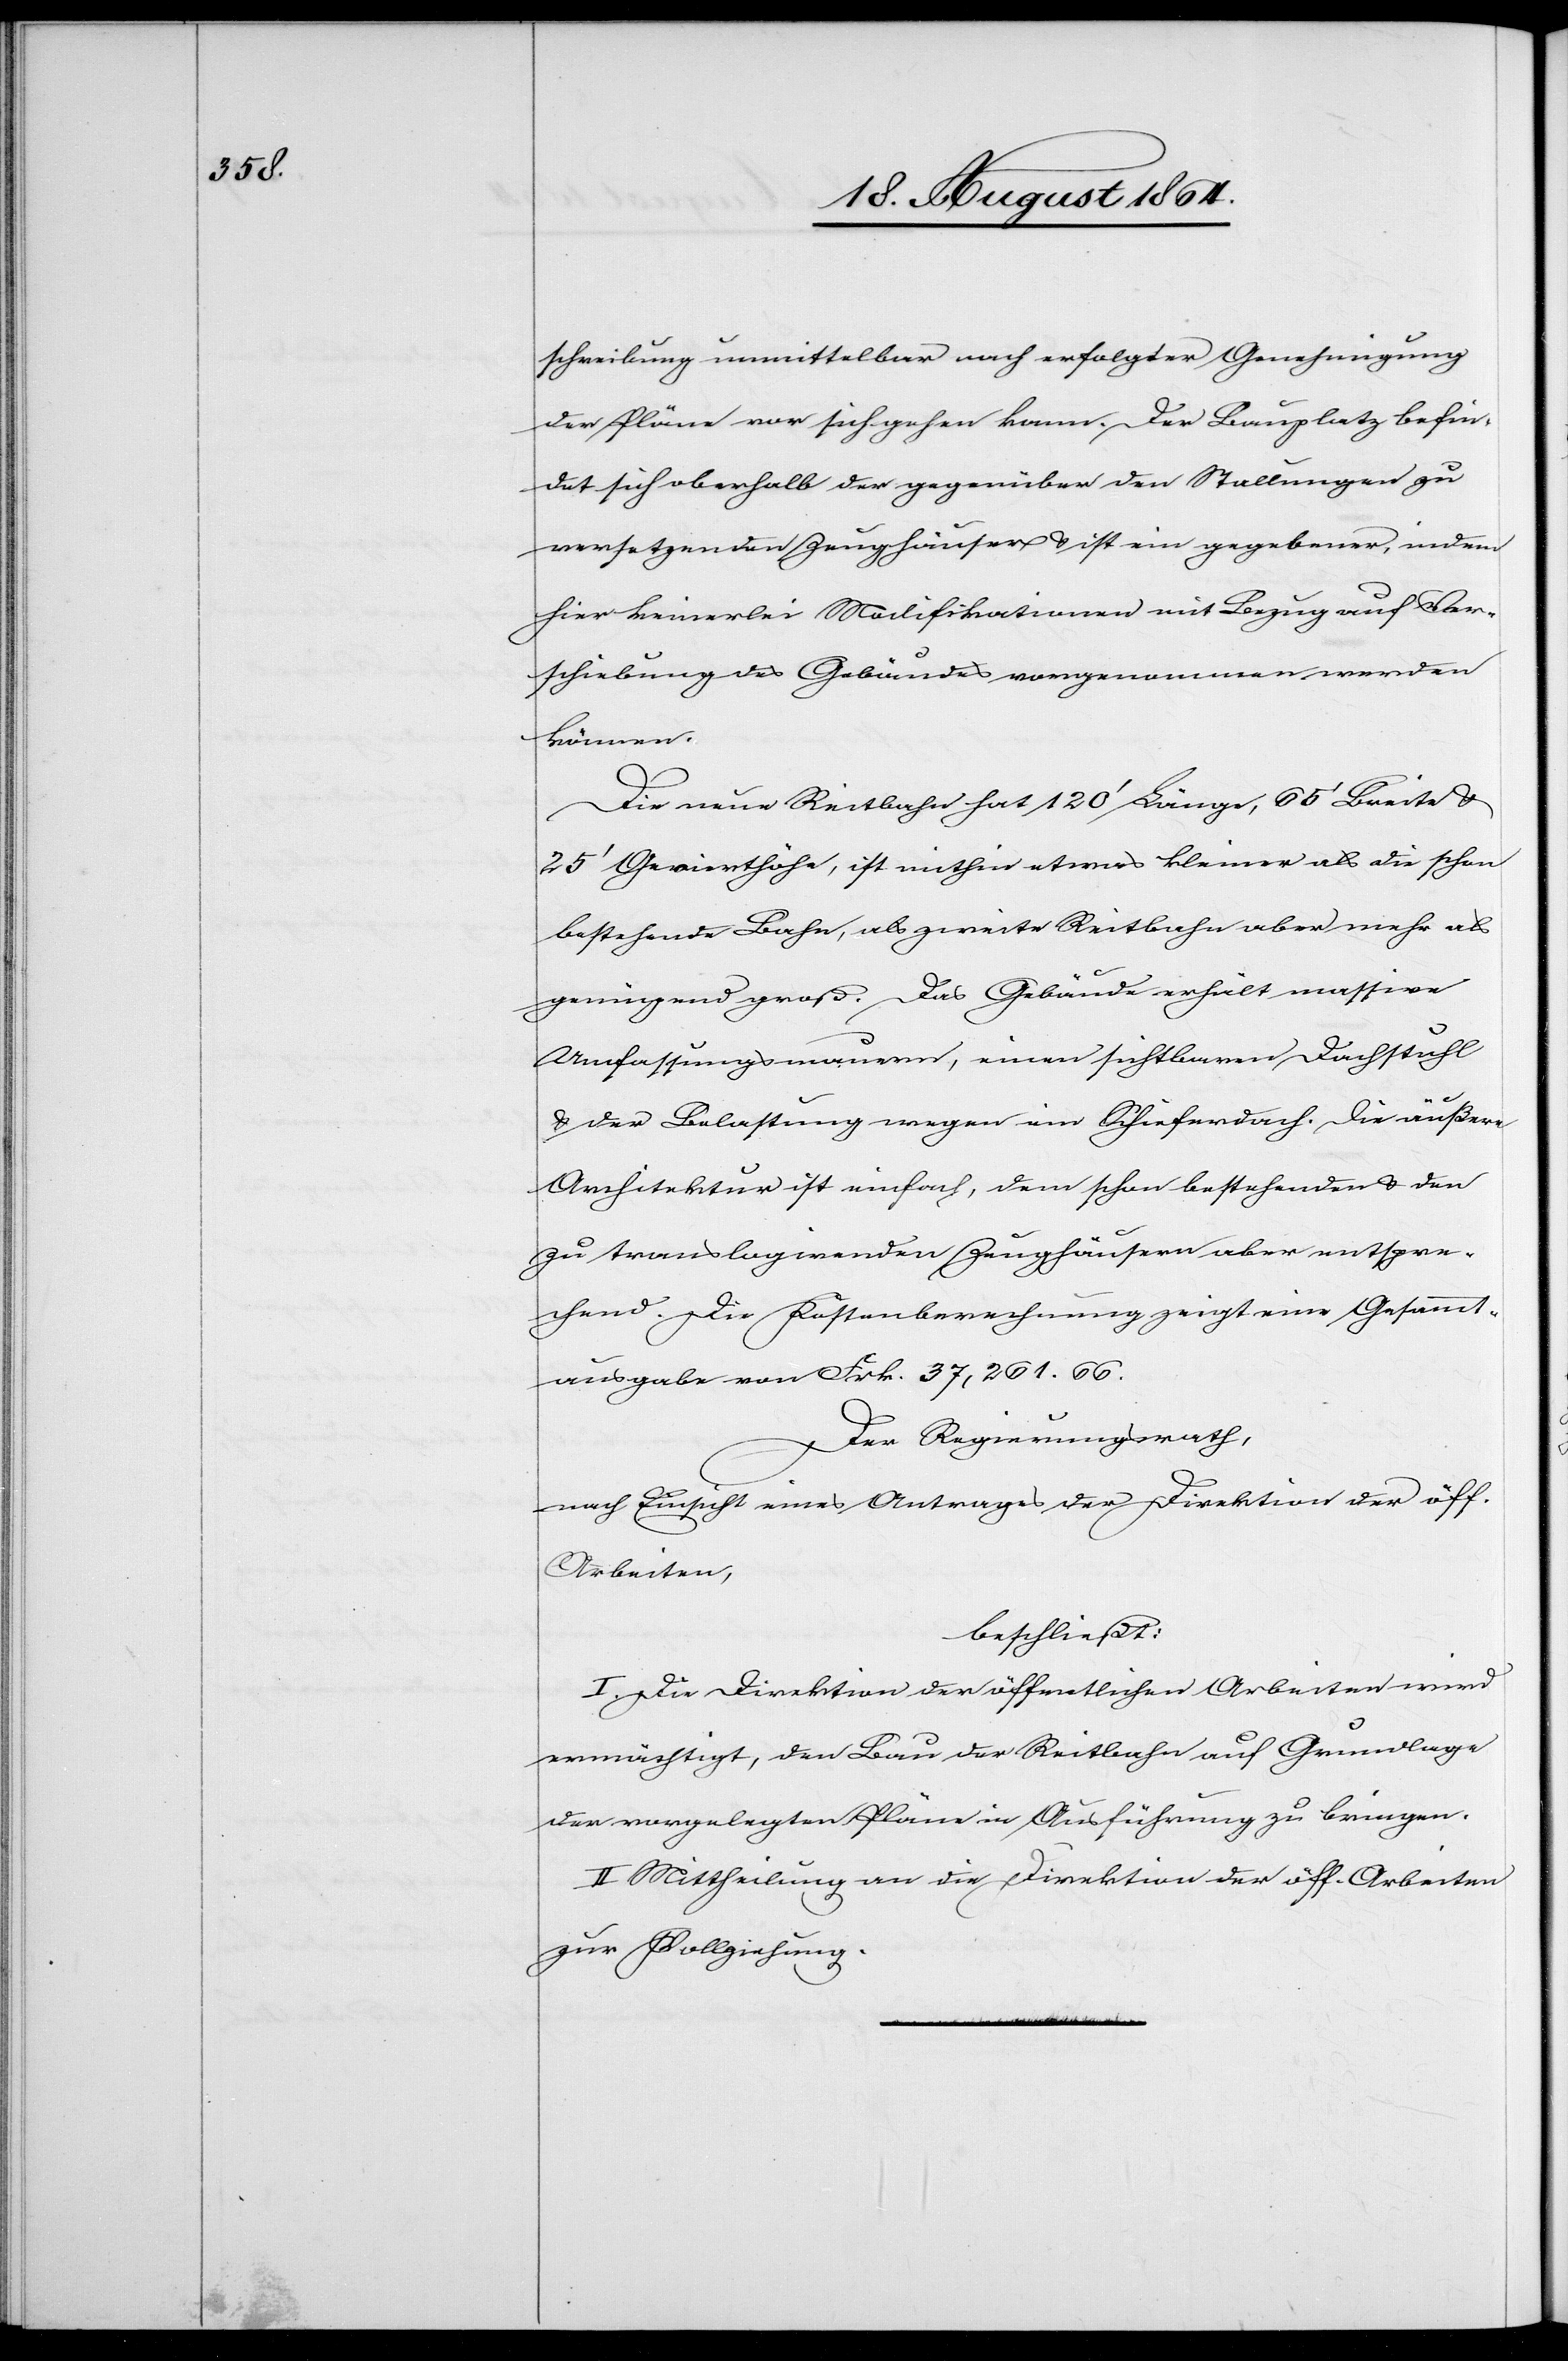
schreibung unmittelbar nach erfolgter Genehmigung
der Pläne vor sich gehen kann. Der Bauplatz befin¬
det sich oberhalb der gegenüber der Stallungen zu
versetzenden Zeughäuser & ist ein gegebener, indem
hier keinerlei Modifikationen mit Bezug auf Ver¬
schiebung des Gebäudes vorgenommen werden
können.
Die neue Reitbahn hat 120’ Länge, 65’ Breite &
25’ Gevierthöhe, ist mithin etwas kleiner als die schon
bestehende Bahn, als zweite Reitbahn aber mehr als
genügend groß. Das Gebäude erhält massive
Umfassungsmauern, einen sichtbaren Dachstuhl
& der Belastung wegen ein Schieferdach. Die äußere
Architektur ist einfach, dem schon bestehenden & den
zu translogirenden Zeughäusern aber entspre¬
chend. Die Kostenberechnung zeigt eine Gesammt¬
ausgabe von Frk. 37,261.66.
Der Regierungsrath,
nach Einsicht eines Antrages der Direktion der öff.
Arbeiten,
beschließt:
I. Die Direktion der öffentlichen Arbeiten wird
ermächtigt, den Bau der Reitbahn auf Grundlage
der vorgelegten Pläne in Ausführung zu bringen.
II. Mittheilung an die Direktion der öff. Arbeiten
zur Vollziehung.